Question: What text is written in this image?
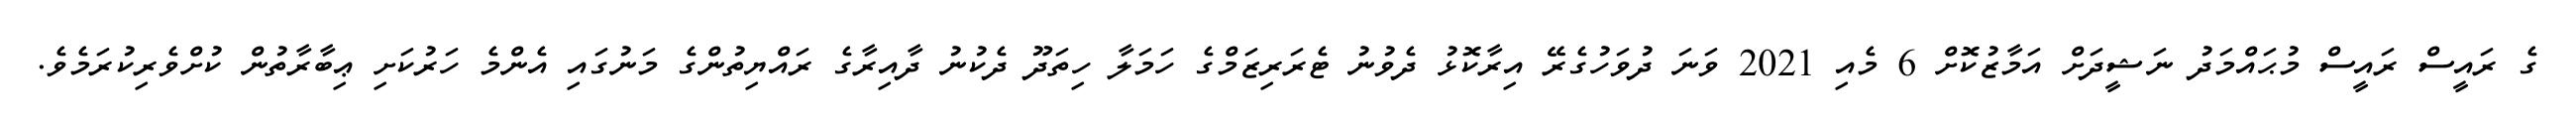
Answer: ގެ ރައީސް ރައީސް މުޙައްމަދު ނަޝީދަށް އަމާޒުކޮށް 6 މެއި 2021 ވަނަ ދުވަހުގެރޭ އިރާކޮޅު ދެވުނު ޓެރަރިޒަމްގެ ހަމަލާ ހިތަދޫ ދެކުނު ދާއިރާގެ ރައްޔިތުންގެ މަނުގައި އެންމެ ހަރުކަށި ޢިބާރާތުން ކުށްވެރިކުރަމެވެ.